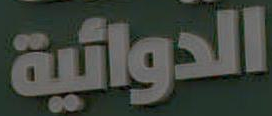
الدوائية